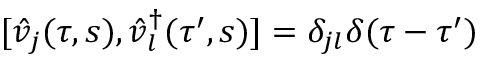
[ \hat { v } _ { j } ( \tau , s ) , \hat { v } _ { l } ^ { \dag } ( \tau ^ { \prime } , s ) ] = \delta _ { j l } \delta ( \tau - \tau ^ { \prime } )